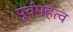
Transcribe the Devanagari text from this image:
पूर्वमहत्व